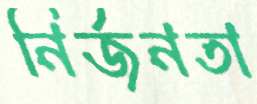
নির্জনতা